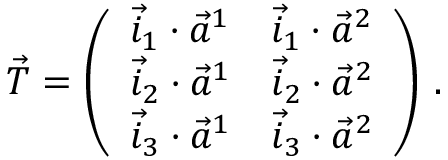
\vec { T } = \left( \begin{array} { l l } { \vec { i } _ { 1 } \cdot \vec { a } ^ { 1 } } & { \vec { i } _ { 1 } \cdot \vec { a } ^ { 2 } } \\ { \vec { i } _ { 2 } \cdot \vec { a } ^ { 1 } } & { \vec { i } _ { 2 } \cdot \vec { a } ^ { 2 } } \\ { \vec { i } _ { 3 } \cdot \vec { a } ^ { 1 } } & { \vec { i } _ { 3 } \cdot \vec { a } ^ { 2 } } \end{array} \right) \, .